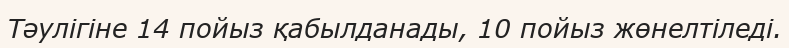
Тәулігіне 14 пойыз қабылданады, 10 пойыз жөнелтіледі.